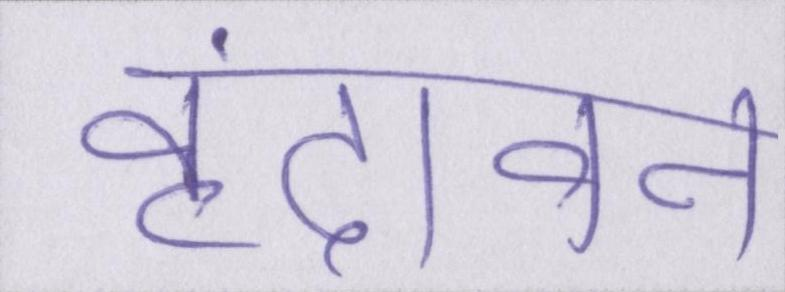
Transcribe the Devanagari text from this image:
वृंदावन